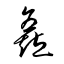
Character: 矗